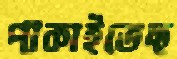
পাকাইতেছ